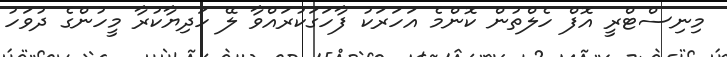
މިނިސްޓްރީ އޮފް ހެލްތުން ކޮންމެ އަހަރަކު ފާހަގަކުރައްވާ ލޭ ހަދިޔާކުރާ މީހުންގެ ދުވަހު